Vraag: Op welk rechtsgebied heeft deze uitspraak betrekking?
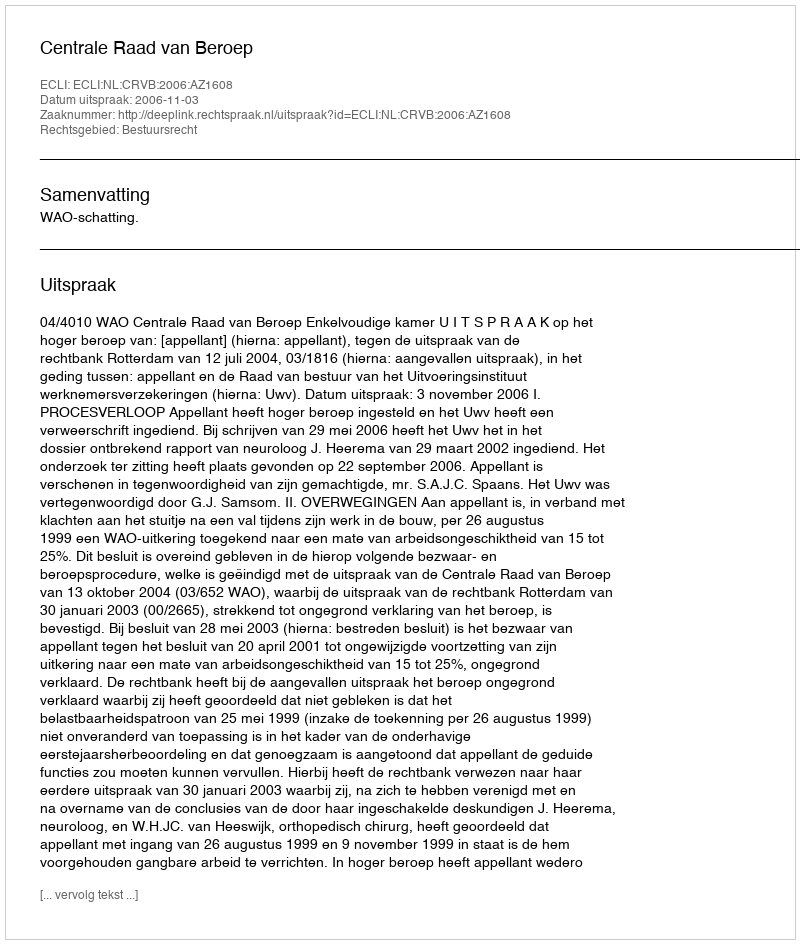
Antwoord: Bestuursrecht